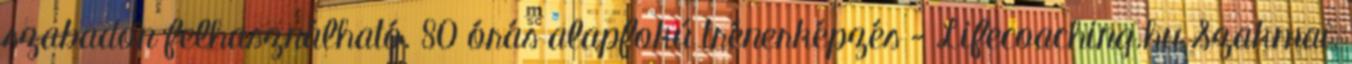
szabadon felhasználható. 80 órás alapfokú trénerképzés - Lifecoaching.hu Szakmai,